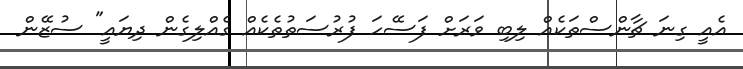
އެއީ ގިނަ ޗާންސްތަކެއް ލިބި ވަރަށް ފަސޭހަ ފުރުސަތުތެކެއް ގެއްލިގެން ދިޔައީ" ސުޒޭން